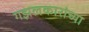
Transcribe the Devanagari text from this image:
गझलकारांच्या